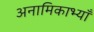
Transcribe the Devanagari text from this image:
अनामिकाभ्याँ